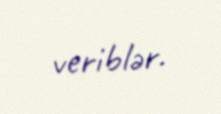
veriblər.